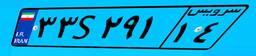
۳۳S۲۹۱۱۴